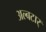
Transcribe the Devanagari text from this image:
अल्बटार्